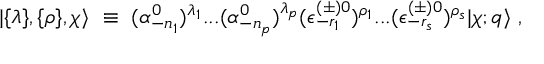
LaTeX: \vert \{ \lambda \} , \{ \rho \} , \chi \rangle { } ~ \equiv { } ~ ( \alpha _ { - { n _ { 1 } } } ^ { 0 } ) ^ { \lambda _ { 1 } } . . . ( \alpha _ { - { n _ { p } } } ^ { 0 } ) ^ { \lambda _ { p } } ( \epsilon _ { - r _ { 1 } } ^ { ( \pm ) 0 } ) ^ { \rho _ { 1 } } . . . ( \epsilon _ { - r _ { s } } ^ { ( \pm ) 0 } ) ^ { \rho _ { s } } \vert \chi ; q \rangle { } ~ ,